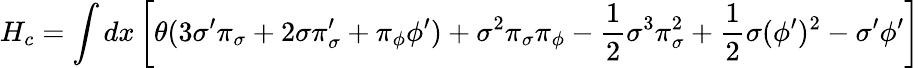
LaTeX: H_{c}=\int dx\left[\theta(3{\sigma}^{\prime}{\pi}_{\sigma}+2\sigma{\pi}_{\sigma}^{\prime}+{\pi}_{\phi}{\phi}^{\prime})+{\sigma}^{2}{\pi}_{\sigma}{\pi}_{\phi}-{\frac 12}{\sigma}^{3}{\pi}_{\sigma}^{2}+{\frac 12}\sigma({\phi}^{\prime})^{2}-{\sigma}^{\prime}{\phi}^{\prime}\right]